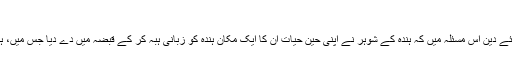
زبانی ہبہ بالقبض
سوال: کیا فرماتے ہیں علمائے دین اس مسئلہ میں کہ ہندہ کے شوہر نے اپنی حین حیات ان کا ایک مکان ہندہ کو زبانی ہبہ کر کے قبضہ میں دے دیا جس میں، ہندہ سات سال سے مقیم ہے۔